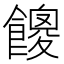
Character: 𩞝